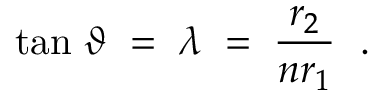
\mathrm { t a n } \; \vartheta \; = \; \lambda \; = \; { \frac { r _ { 2 } } { n r _ { 1 } } } \ \; .